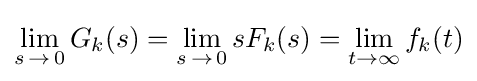
\lim _{s\,\to \,0}{G_{k}(s)}=\lim _{s\,\to \,0}{sF_{k}(s)}=\lim _{t\to \infty }f_{k}(t)